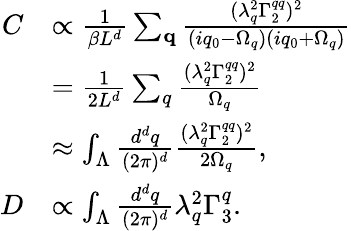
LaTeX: \begin{array}{rl}{C}&{\propto\frac{1}{\beta L^{d}}\sum_{\mathbf{q}}\frac{(\lambda_{q}^{2}\Gamma_{2}^{qq})^{2}}{(iq_{0}-\Omega_{q})(iq_{0}+\Omega_{q})}}\\ &{=\frac{1}{2L^{d}}\sum_{q}\frac{(\lambda_{q}^{2}\Gamma_{2}^{qq})^{2}}{\Omega_{q}}}\\ &{\approx\int_{\Lambda}\frac{d^{d}q}{(2\pi)^{d}}\frac{(\lambda_{q}^{2}\Gamma_{2}^{qq})^{2}}{2\Omega_{q}},}\\ {D}&{\propto\int_{\Lambda}\frac{d^{d}q}{(2\pi)^{d}}\lambda_{q}^{2}\Gamma_{3}^{q}.}\end{array}